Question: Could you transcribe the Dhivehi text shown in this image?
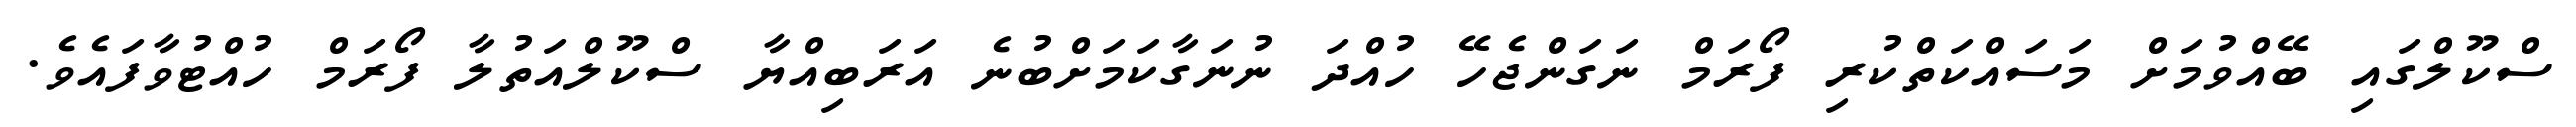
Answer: ސްކޫލްގައި ބޭއްވުމަށް މަސައްކަތްކުރި ފޯރަމް ނަގަންޖެހޭ ހުއްދަ ނުނަގާކަމަށްބުނެ އަރަބިއްޔާ ސްކޫލްއަތުލާ ފޯރަމް ހުއްޓުވާފައެވެ.